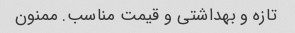
تازه و بهداشتی و قیمت مناسب. ممنون